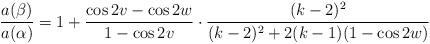
LaTeX: \begin{align*}\frac{a(\beta)}{a(\alpha)}= 1+ \frac{\cos 2v-\cos 2w}{1-\cos 2v} \cdot \frac{(k-2)^2}{(k-2)^2+2(k-1)(1-\cos 2w) } \end{align*}